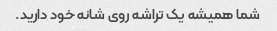
شما همیشه یک تراشه روی شانه خود دارید.